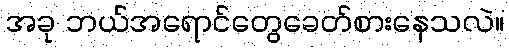
အခု ဘယ်အရောင်တွေခေတ်စားနေသလဲ။